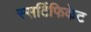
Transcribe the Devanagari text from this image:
स्सर्टिफिकेट